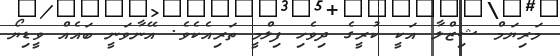
މަރިޔަމް ޝިޒްލާ އަކީ ކުރީގެ ދިވެހި ފިލްމީ ތަރިއެކެވެ. އޭނާވަނީ ބައެއް ވީޑިޔޯ